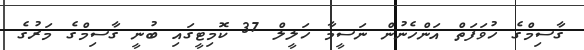
ގާސިމްގެ ހުވަފަތް އަންހެނުން ނަސީމާ ހަލީލް 37 ކޮމިޓީގައި ބުނީ ގާސިމްގެ މަރުގެ